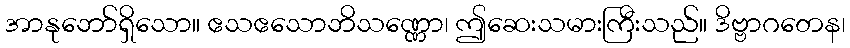
အာနုဘော်ရှိသော။ ဧသဧသောဘိသဏ္ဏော၊ ဤဆေးသမားကြီးသည်။ ဒိဗ္ဗာဂတေန၊